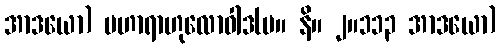
အာဒယော) မဟာရာဟုလောဝါဒ(မ။ နိ။ ၂။၁၁၃ အာဒယော)